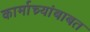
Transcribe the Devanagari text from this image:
कार्माच्र्यांबाबत